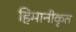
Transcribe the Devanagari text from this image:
हिमानीकृत